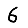
Digit: 6